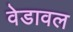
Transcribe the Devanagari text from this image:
वेडावल